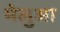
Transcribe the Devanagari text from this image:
मेलुआ